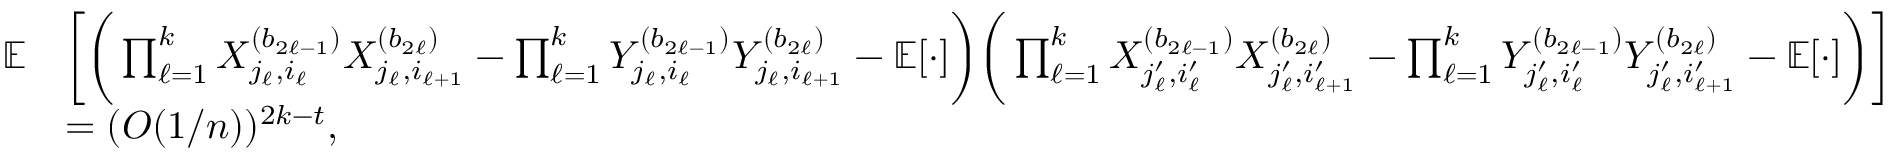
\begin{array} { r l } { \mathbb { E } } & { \bigg [ \bigg ( \prod _ { \ell = 1 } ^ { k } X _ { j _ { \ell } , i _ { \ell } } ^ { ( b _ { 2 \ell - 1 } ) } X _ { j _ { \ell } , i _ { \ell + 1 } } ^ { ( b _ { 2 \ell } ) } - \prod _ { \ell = 1 } ^ { k } Y _ { j _ { \ell } , i _ { \ell } } ^ { ( b _ { 2 \ell - 1 } ) } Y _ { j _ { \ell } , i _ { \ell + 1 } } ^ { ( b _ { 2 \ell } ) } - \mathbb { E } [ \cdot ] \bigg ) \bigg ( \prod _ { \ell = 1 } ^ { k } X _ { j _ { \ell } ^ { \prime } , i _ { \ell } ^ { \prime } } ^ { ( b _ { 2 \ell - 1 } ) } X _ { j _ { \ell } ^ { \prime } , i _ { \ell + 1 } ^ { \prime } } ^ { ( b _ { 2 \ell } ) } - \prod _ { \ell = 1 } ^ { k } Y _ { j _ { \ell } ^ { \prime } , i _ { \ell } ^ { \prime } } ^ { ( b _ { 2 \ell - 1 } ) } Y _ { j _ { \ell } ^ { \prime } , i _ { \ell + 1 } ^ { \prime } } ^ { ( b _ { 2 \ell } ) } - \mathbb { E } [ \cdot ] \bigg ) \bigg ] } \\ & { = ( O ( 1 / n ) ) ^ { 2 k - t } , } \end{array}